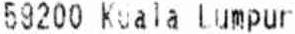
59200 KUALA LUMPUR